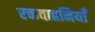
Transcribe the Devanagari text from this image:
रक्तवाहनियाँ